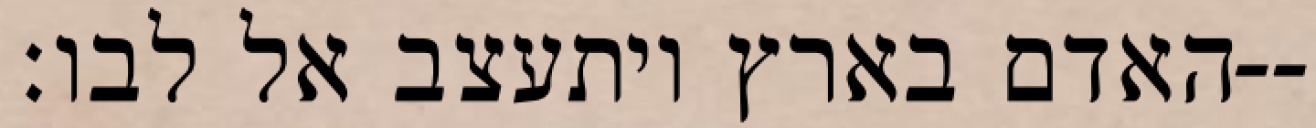
האדם בארץ ויתעצב אל לבו׃--